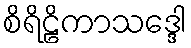
စိရိဠိကာသဒ္ဒေါ